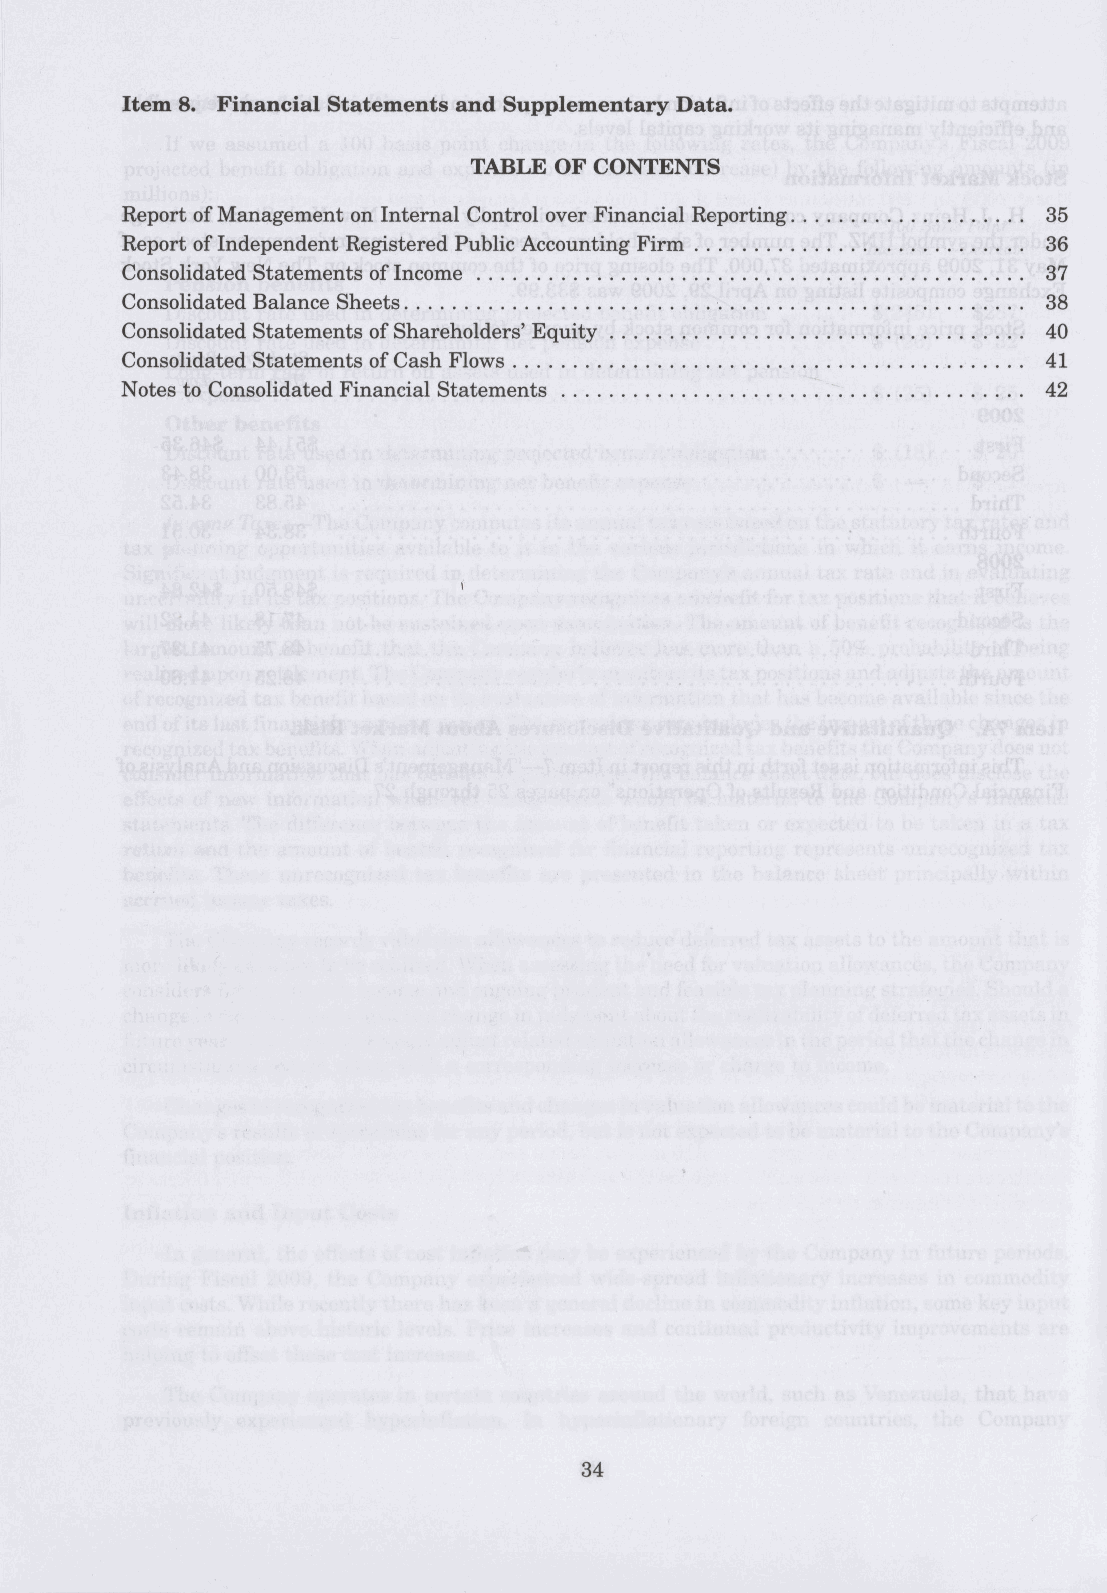
TABLE OF CONTENTS
 Report of Management on Internal Control over Financial Reporting 35
 Report of Independent Registered Public Accounting Firm      36
 Consolidated Statements of Income                            37
 Consolidated Balance Sheets                                  38
 Consolidated Statements of Shareholders' Equity              40
 Consolidated Statements of Cash Flows                        41
 Notes to Consolidated Financial Statements                   42